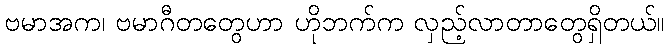
ဗမာအက၊ ဗမာဂီတတွေဟာ ဟိုဘက်က လှည့်လာတာတွေရှိတယ်။